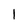
Character: l